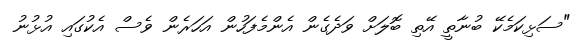
"ސަޅިކަމެކޭ ބުނާތީ އޭތި ބޮލަށް ވަދެގެން އެންމެފަހުން އަހަރެން ވެސް އެކުގައި އުޅުނު